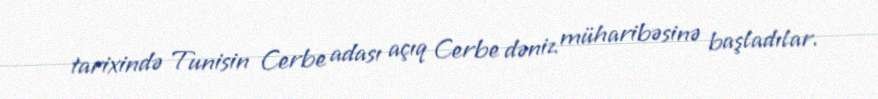
tarixində Tunisin Cerbe adası açıq Cerbe dəniz müharibəsinə başladılar.